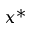
x ^ { * }